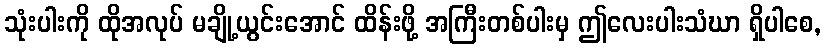
သုံးပါးကို ထိုအလုပ် မချို့ယွင်းအောင် ထိန်းဖို့ အကြီးတစ်ပါးမှ ဤလေးပါးသံဃာ ရှိပါစေ,